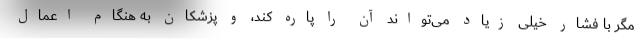
مگر با فشار خیلی زیاد می‌تواند آن را پاره کند، و پزشکان به هنگام اعمال